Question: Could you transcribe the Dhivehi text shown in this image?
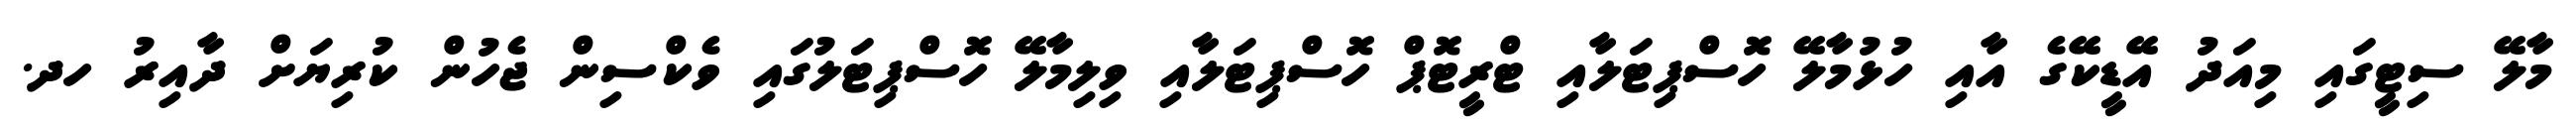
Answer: މާލޭ ސިޓީގައި މިއަދު އޭޑީކޭގެ އާއި ހުޅުމާލޭ ހޮސްޕިޓަލާއި ޓްރީޓޮޕް ހޮސްޕިޓަލާއި ވިލިމާލޭ ހޮސްޕިޓަލުގައި ވެކްސިން ޖެހުން ކުރިޔަށް ދާއިރު ހދ.